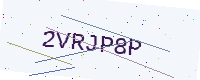
Text: 2VRJP8P